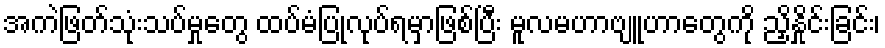
အကဲဖြတ်သုံးသပ်မှုတွေ ထပ်မံပြုလုပ်ရမှာဖြစ်ပြီး မူလမဟာဗျူဟာတွေကို ညှိနှိုင်းခြင်း၊